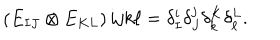
LaTeX: \begin{matrix} { { ( E _ { I J } \otimes E _ { K L } ) } } \\ \end{matrix} { i j } { k \ell } = \delta _ { I } ^ { i } \delta _ { J } ^ { j } \delta _ { k } ^ { K } \delta _ { \ell } ^ { L } .